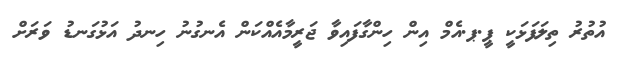
އުތުރު ތިލަފަޅަކީ ޕީ.ޕ.އެމް އިން ހިންގާފައިވާ ޖަރީމާއެއްކަން އެނގުނު ހިނދު އަޅުގަނޑު ވަރަށް